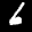
Label: 6